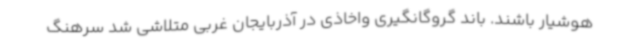
هوشیار باشند. باند گروگانگیری واخاذی در آذربایجان غربی متلاشی شد سرهنگ